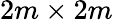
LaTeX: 2m\times 2m